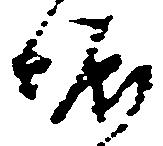
堀